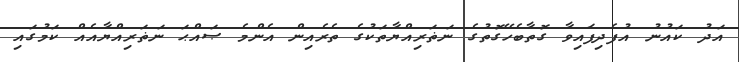
އަދު ކައުނު އުފެދިފައިވާ ގޮތާބެހޭގޮތުގެ ނަޡަރިއްޔާތަކުގެ ތެރެއިން އެންމެ ޞައްޙަ ނަޡަރިއްޔާއެއް ކަމުގައި